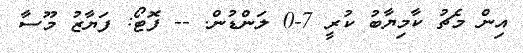
އިން މެޗު ކާމިޔާބު ކުރީ 7-0 ލަންޑުން. -- ފޮޓޯ: ފަޔާޒު މޫސާ